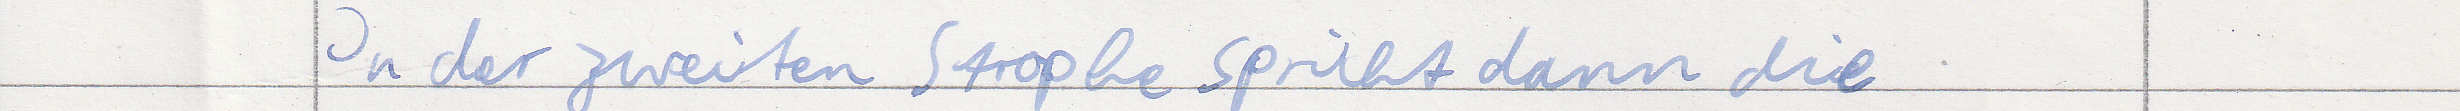
In der zweiten Strophe spricht dann die